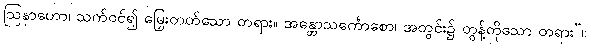
ဩနာဟော၊ သက်ဝင်၍ မြှေးတတ်သော တရား။ အန္တောသင်္ကောစော၊ အတွင်း၌ တွန့်တိုသော တရား”။